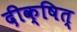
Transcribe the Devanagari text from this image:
दीक्षित्